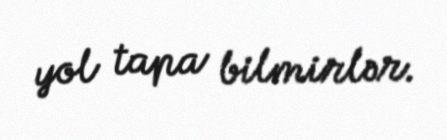
yol tapa bilmirlər.